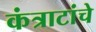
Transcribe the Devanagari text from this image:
कंत्राटांचे